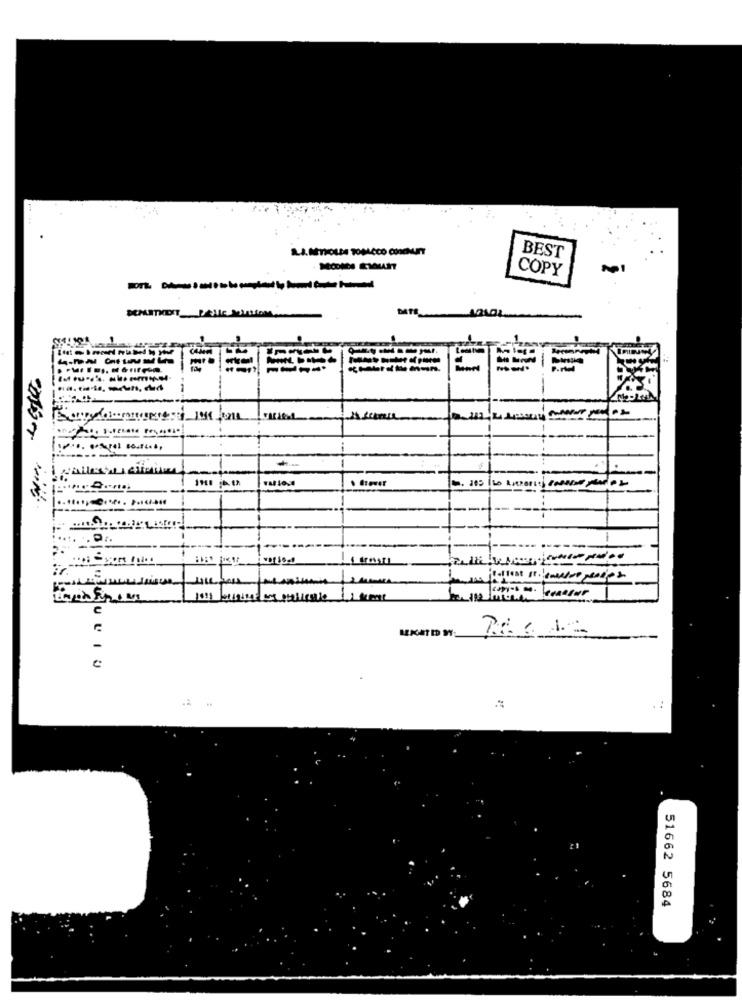
BEST
COPY
--------
51662 5684